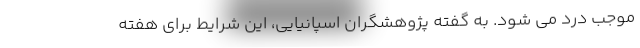
موجب درد می شود. به گفته پژوهشگران اسپانیایی، این شرایط برای هفته